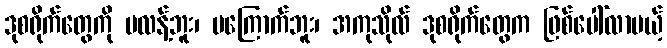
ဒုစရိုက်တွေကို မလန့်ဘူး၊ မကြောက်ဘူး၊ အကုသိုလ် ဒုစရိုက်တွေက ဖြစ်ပေါ်လာမယ့်